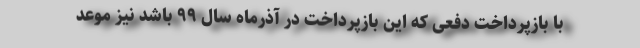
با بازپرداخت دفعی که این بازپرداخت در آذرماه سال ۹۹ باشد نیز موعد